Vaccination in Bombay 1874-1876 - 1874-1876
Year: 1874
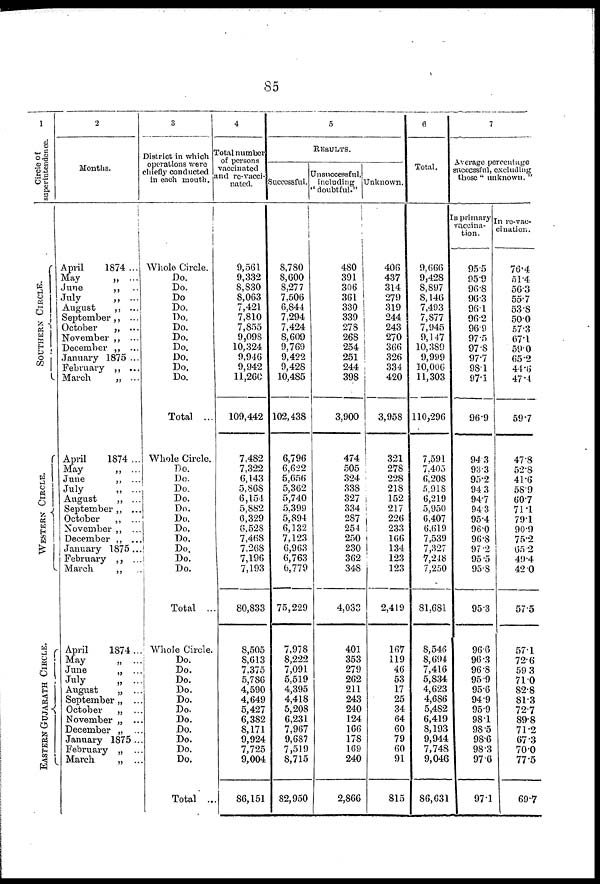
85
1
Circle of
superintendence.
SOUTHERN CIRCLE.
WESTERN CIRCLE.
EASTERN GUJARATH CIRCLE.
2
Months.
April
1874 ...
May
„ ...
June
„ ...
July
„ ...
August
„ ...
September „ ...
October
„ ...
November „ ...
December „ ...
January 1875 ...
February „ ...
March
„ ...
April
1874 ...
May
„ ...
June
„ ...
July
„ ...
August
„ ...
September „ ...
October
„ ...
November „ ...
December „ ...
January 1875...
February „ ...
March
„ ...
April
1874...
May
„ ...
June
„ ...
July
„ ...
August
„ ...
September „ ...
October
„ ...
November „ ...
December „ ...
January 1875 ...
February „ ...
March
„ ...
3
District in which
operations were
chiefly conducted
in each month.
Whole Circle.
Do.
Do.
Do.
Do.
Do.
Do.
Do.
Do.
Do.
Do.
Do.
Total ...
Whole Circle.
Do.
Do.
Do.
Do.
Do.
Do.
Do.
Do.
Do.
Do.
Do.
Total ...
Whole Circle.
Do.
Do.
Do.
Do.
Do.
Do.
Do.
Do.
Do.
Do.
Do.
Total ...
4
Total number
of persons
vaccinated
and re-vacci¬
nated.
9,561
9,332
8,830
8,063
7,421
7,810
7,855
9,098
10,324
9,946
9,942
11,260
109,442
7,482
7,322
6,143
5,868
6,154
5,882
6,329
6,528
7,468
7,268
7,196
7,193
80,833
8,505
8,613
7,375
5,786
4,590
4,649
5,427
6,382
8,171
9,924
7,725
9,004
86,151
5
RESULTS.
Successful.
8,780
8,600
8,277
7,506
6,844
7,294
7,424
8,609
9,769
9,422
9,428
10,485
102,438
6,796
6,622
5,656
5,362
5,740
5,399
5,894
6,132
7,123
6,963
6,763
6,779
75,229
7,978
8,222
7,091
5,519
4,395
4,418
5,208
6,231
7,967
9,687
7,519
8,715
82,950
Unsuccessful,
including
"doubtful."
480
391
306
361
330
339
278
268
254
251
244
398
3,900
474
505
324
338
327
334
287
254
250
230
362
348
4,033
401
353
279
262
211
243
240
124
166
178
169
240
2,866
Unknown.
406
437
314
279
319
244
243
270
366
326
334
420
3,958
321
278
228
218
152
217
226
233
166
134
123
123
2,419
167
119
46
53
17
25
34
64
60
79
60
91
815
6
Total.
9,666
9,428
8,897
8,146
7,493
7,877
7,945
9,147
10,389
9,999
10,006
11,303
110,296
7,591
7,405
6,208
5,918
6,219
5,950
6,407
6,619
7,539
7,327
7,248
7,250
81,681
8,546
8,694
7,416
5,834
4,623
4,686
5,482
6,419
8,193
9,944
7,748
9,046
86,631
7
Average percentage
successful, excluding
those " unknown. "
In primary
vaccina-
tion.
95.5
95.9
96.8
96.3
96.1
96.2
96.9
97.5
97.8
97.7
98.1
97.1
96.9
94.3
93.3
95.2
94.3
94.7
94.3
95.4
96.0
96.8
97.2
95.5
95.8
95.3
96.6
96.3
96.8
95.9
95.6
94.9
95.9
98.1
98.5
98.6
98.3
97.6
97.1
In re-vac-
cination.
76.4
51.4
56.3
55.7
53.8
50.0
57.3
67.1
59.0
65.2
44.6
47.4
59.7
47.8
52.8
41.6
58.9
60.7
71.1
79.1
90.9
75.2
65.2
49.4
42.0
57.5
57.1
72.6
59.3
71.0
82.8
81.3
72.7
89.8
71.2
67.3
70.0
77.5
69.7